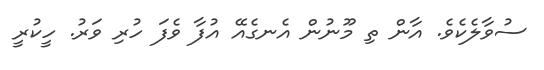
ސުވާލެކެވެ. އާން ތި މޫނުން އެނގެއޭ އުފާ ވެފަ ހުރި ވަރު. ހީކުރީ